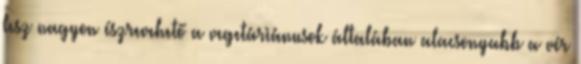
lesz nagyon észrevehető a vegetáriánusok általában alacsonyabb a vér